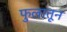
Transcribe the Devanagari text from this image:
फुलातून